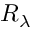
R _ { \lambda }